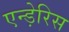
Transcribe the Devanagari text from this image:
एन्ड़ेरिस